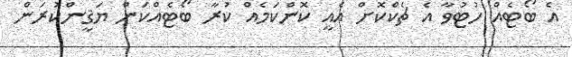
އެ ބޯޓެއް ހުޓުވާ އެ ޗެކްކޮށް އެއީ ކޮންކަމެއް ކުރާ ބޯޓެއްކަން ޔަޤީންކުރަން